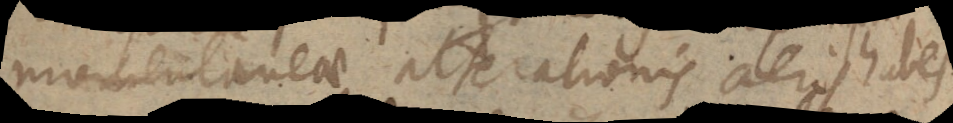
momentaneae alterationis aeris habes